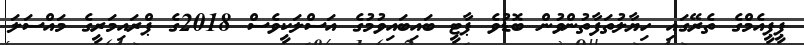
ޕީޕީއެމްގެ ތެރޭގައި ހިޔާލުތަފާތުންވުން ބޮޑުވެ ޕާޓީ ބައިބައިވުމުގެ އަސްލަކީވެސް 2018ގެ ޕްރައިމަރީގެ މައްސަލަ